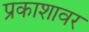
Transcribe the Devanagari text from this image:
प्रकाशावर